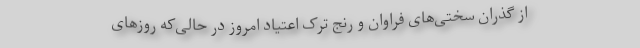
از گذران سختی‌های فراوان و رنج ترک اعتیاد امروز در حالی‌که روزهای